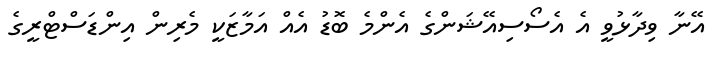
އޭނާ ވިދާޅުވީ އެ އެސޯސިއޭޝަންގެ އެންމެ ބޮޑު އެއް އަމާޒަކީ މެރިން އިންޑަސްޓްރީގެ